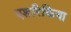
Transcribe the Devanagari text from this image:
एशरिकिया